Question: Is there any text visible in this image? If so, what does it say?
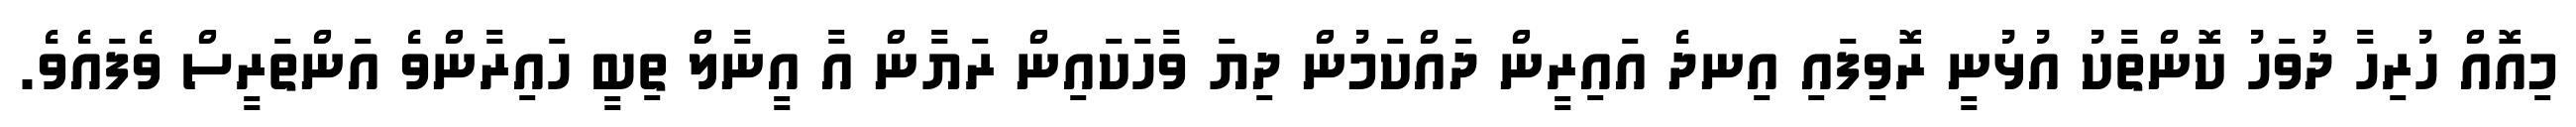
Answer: މިއޮއް ހުރިހާ ދުވަހު ކޮންތާކު އުޅުނީ ރޮވިފައި އިނދެ އައިރީން ދައްކަމުން ދިޔަ ވާހަކައިން ރަޔާން އާ އީނާލް ތިބީ ހައިރާންވެ އަންތަރީސް ވެފައެވެ.